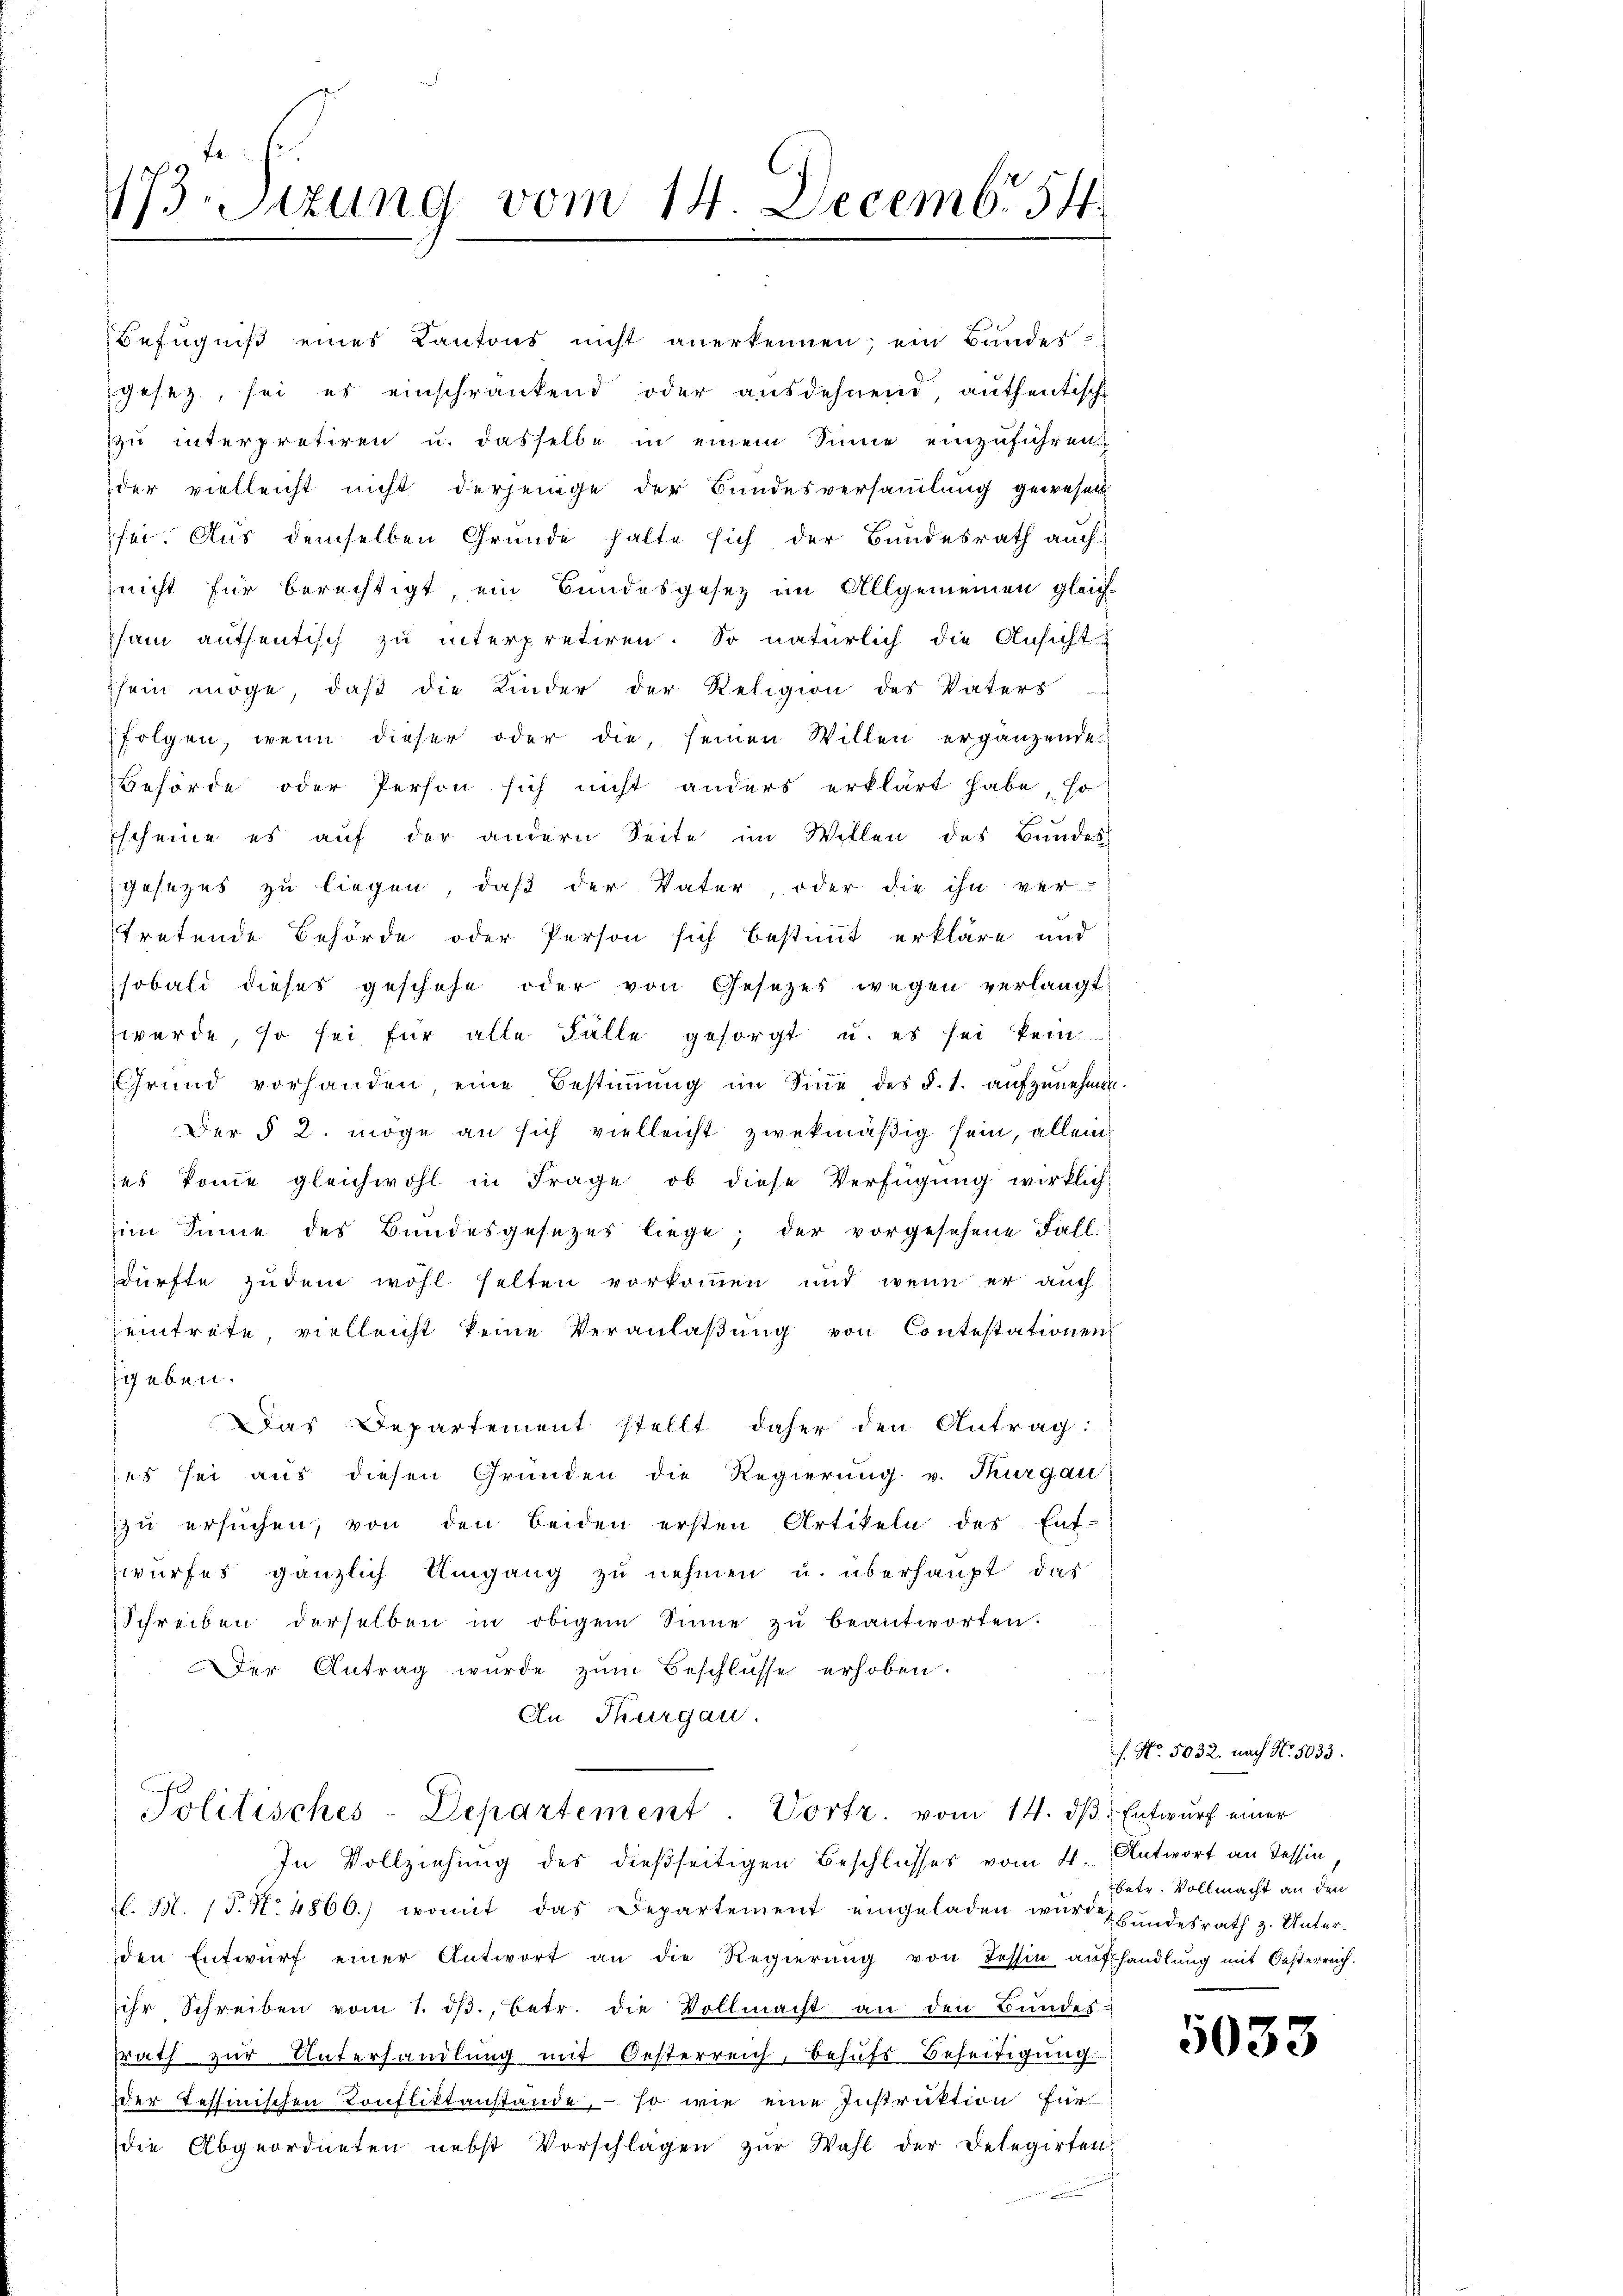
173. Sitzung vom 14. Decembr. 54

Befugniß eines Kantons nicht anerkennen; ein Bundes-
gesetz, sei es einschrankend oder ausdehnend, authentische
zu interpretiren u. dasselbe in einem Sinne einzuführen
der vielleicht nicht derjenige der Bundesversammlung gewesen
sei. Aus demselben Grunde halte sich der Bundesrath auch
nicht für berechtigt, ein Bundesgesez im Allgemeinen gleich-
sam authentisch zu interpretiren. So natürlich die Ansicht-
sein möge, daß die Kinder der Religion des Vaters
folgen, wenn dieser oder die, seinen Willen ergänzende
Behörde oder Person sich nicht anders erklärt habe, so
Escheine es auf der andern Seite im Willen des Bundes
gesezes zu liegen, daß der Vater, oder die ihn ver-
tretende Behörde oder Person sich bestimmt erkläre und
sobald dieses geschehe oder von Gesetzes wegen verlangt:
wurde, so sei für alle Fälle gesorgt u. es sei kein
Grund vorhanden eine Bestiṁŭng im Siṅe des §. 1. aŭfzŭnehmen.
Der § 2. möge an sich vielleicht zwekmäßig sein, allein
es komme gleichwohl in Frage, ob diese Verfügung wirklich:
im Sinne des Bundesgesezes liege; der vorgesehene Fall
dürfte zudem wohl selten vorkommen und wenn er auch
eintrete, vielleicht keine Veranlaßung von Contestationen
geben.
Das Departement stellt daher den Antrag:
ses sei aus diesen Gründen die Regierung v. Thurgau
zŭ ersŭchen, von den beiden ersten Artikeln des Ent-
zwurfes gänzlich Umgang zu nehmen u. überhaupt, das
Schreiben derselben in obigem Sinne zŭ beantworten.
Der Antrag wurde zŭm Beschlüsse erhoben.
An Thurgau.

Politisches-Departement. Vortr. vom 14. dβ. Entwurf einer

In Vollziehung des dießseitigen Beschlusses vom 4. Antwort an Tessin,
d. M. 1 P. N. 4866.) womit das Departement eingeladen wird ŭndesrath z. Unter-
den Entwurf einer Antwort an die Regierung von Tessin aufhandlung mit Oesterreich.
ihr Schreiben vom 7. dβ., betr. die Vollmacht an den Bundes-
srath zur Unterhandlung mit Oesterreich, behufs Beseitigung
der Tessinischen Konfliktanstande, – so wie eine Instruktion für
die Abgeordneten nebst Vorschlagen zŭr Wahl der Delegirten

f. No. 5032. nach No. 5033.
betr. Vollmacht an den

5033